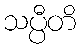
သပ္ပီတိ